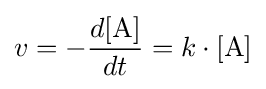
v=-{\frac {d[{\mathrm {A} }]}{dt}}=k\cdot [{\mathrm {A} }]